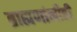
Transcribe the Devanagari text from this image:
ब्राह्मणांनीही